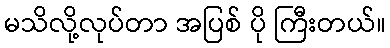
မသိလို့လုပ်တာ အပြစ် ပို ကြီးတယ်။